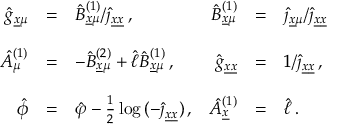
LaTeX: \begin{array} { r c l r c l } { { \hat { g } _ { \underline { { { x } } } \mu } } } & { { = } } & { { \hat { \cal B } _ { \underline { { { x } } } \mu } ^ { ( 1 ) } / \hat { \jmath } _ { \underline { { { x } } } \underline { { { x } } } } \, , } } & { { \hat { B } _ { \underline { { { x } } } \mu } ^ { ( 1 ) } } } & { { = } } & { { \hat { \jmath } _ { \underline { { { x } } } \mu } / \hat { \jmath } _ { \underline { { { x } } } \underline { { { x } } } } } } \\ { { } } & { { } } & { { } } & { { } } & { { } } & { { } } \\ { { \hat { A } _ { \mu } ^ { ( 1 ) } } } & { { = } } & { { - \hat { \cal B } _ { \underline { { { x } } } \mu } ^ { ( 2 ) } + \hat { \ell } \hat { \cal B } _ { \underline { { { x } } } \mu } ^ { ( 1 ) } \, , } } & { { \hat { g } _ { \underline { { { x } } } \underline { { { x } } } } } } & { { = } } & { { 1 / \hat { \jmath } _ { \underline { { { x } } } \underline { { { x } } } } \, , } } \\ { { } } & { { } } & { { } } & { { } } & { { } } & { { } } \\ { { \hat { \phi } } } & { { = } } & { { \hat { \varphi } - \frac { 1 } { 2 } \log { ( - \hat { \jmath } _ { \underline { { { x } } } \underline { { { x } } } } ) } \, , } } & { { \hat { A } _ { \underline { { { x } } } } ^ { ( 1 ) } } } & { { = } } & { { \hat { \ell } \, . } } \end{array}